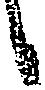
候